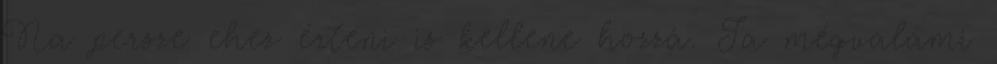
Na persze ehez érteni is kellene hozzá. Ja mégvalami